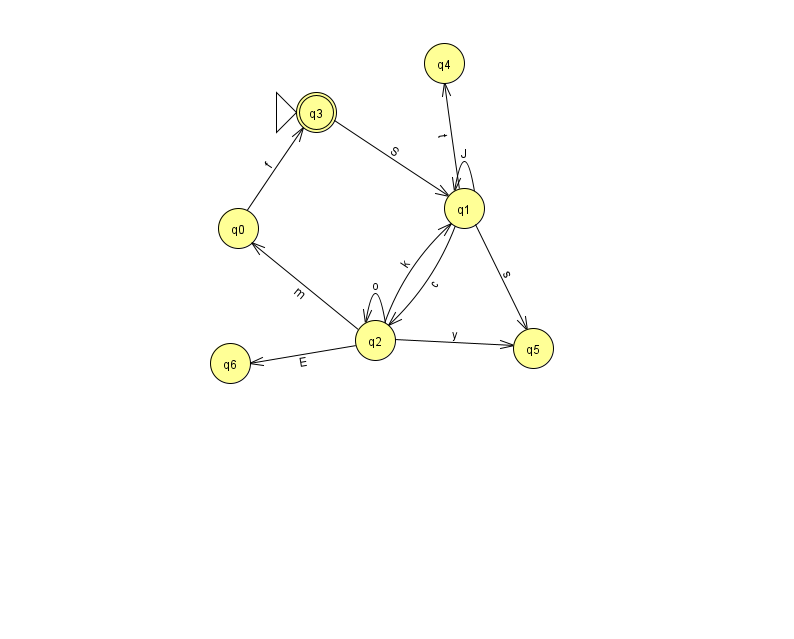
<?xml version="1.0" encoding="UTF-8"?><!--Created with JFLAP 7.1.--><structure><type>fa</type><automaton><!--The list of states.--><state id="0" name="q0"><x>238.0</x><y>215.0</y></state><state id="1" name="q1"><x>464.0</x><y>195.0</y></state><state id="2" name="q2"><x>375.0</x><y>327.0</y></state><state id="3" name="q3"><x>316.0</x><y>99.0</y><initial/><final/></state><state id="4" name="q4"><x>444.0</x><y>50.0</y></state><state id="5" name="q5"><x>533.0</x><y>335.0</y></state><state id="6" name="q6"><x>230.0</x><y>350.0</y></state><!--The list of transitions.--><transition><from>0</from><to>3</to><read>f</read></transition><transition><from>1</from><to>4</to><read>t</read></transition><transition><from>2</from><to>0</to><read>m</read></transition><transition><from>2</from><to>1</to><read>k</read></transition><transition><from>3</from><to>1</to><read>S</read></transition><transition><from>1</from><to>1</to><read>J</read></transition><transition><from>1</from><to>5</to><read>s</read></transition><transition><from>1</from><to>2</to><read>c</read></transition><transition><from>2</from><to>5</to><read>y</read></transition><transition><from>2</from><to>6</to><read>E</read></transition><transition><from>2</from><to>2</to><read>o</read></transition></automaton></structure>